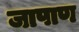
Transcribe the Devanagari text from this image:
जापाण